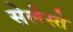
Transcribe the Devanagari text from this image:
सेलेस्ते